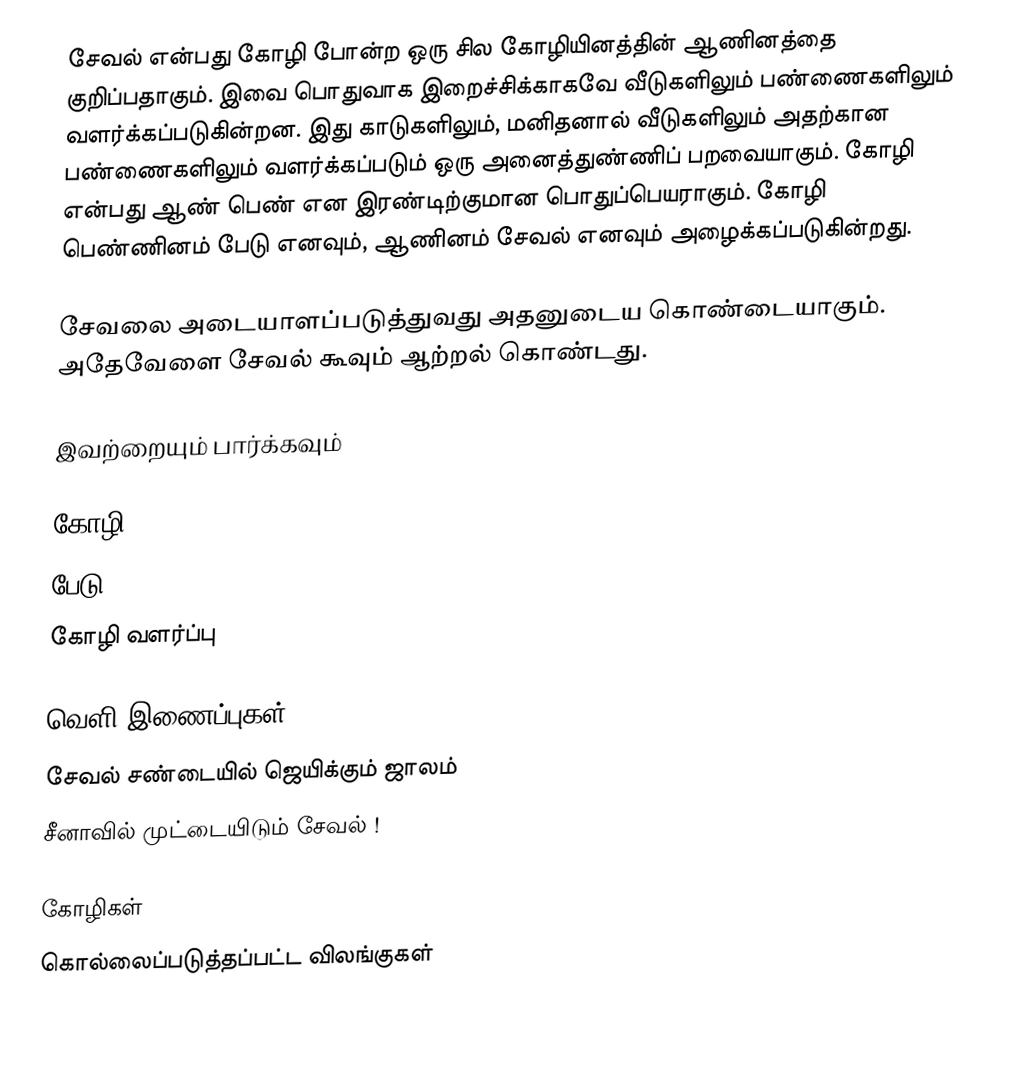
சேவல் என்பது கோழி போன்ற ஒரு சில கோழியினத்தின் ஆணினத்தை குறிப்பதாகும். இவை பொதுவாக இறைச்சிக்காகவே வீடுகளிலும் பண்ணைகளிலும் வளர்க்கப்படுகின்றன. இது காடுகளிலும், மனிதனால் வீடுகளிலும் அதற்கான பண்ணைகளிலும் வளர்க்கப்படும் ஒரு அனைத்துண்ணிப் பறவையாகும். கோழி என்பது ஆண் பெண் என இரண்டிற்குமான பொதுப்பெயராகும். கோழி பெண்ணினம் பேடு எனவும், ஆணினம் சேவல் எனவும் அழைக்கப்படுகின்றது.

சேவலை அடையாளப்படுத்துவது அதனுடைய கொண்டையாகும். அதேவேளை சேவல் கூவும் ஆற்றல் கொண்டது.

இவற்றையும் பார்க்கவும்

 கோழி
 பேடு
 கோழி வளர்ப்பு

வெளி இணைப்புகள்
 சேவல் சண்டையில் ஜெயிக்கும் ஜாலம்
 சீனாவில் முட்டையிடும் சேவல் !

கோழிகள்
கொல்லைப்படுத்தப்பட்ட விலங்குகள்